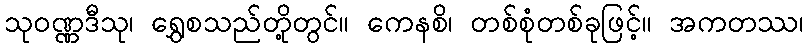
သုဝဏ္ဏဒီသု၊ ရွှေစသည်တို့တွင်။ ကေနစိ၊ တစ်စုံတစ်ခုဖြင့်။ အကတဿ၊